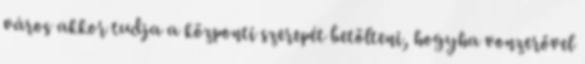
város akkor tudja a központi szerepét betölteni, hogyha vonzerővel